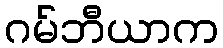
ဂမ်ဘီယာက